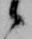
候